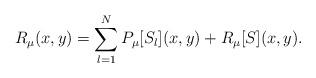
LaTeX: \begin{align*}R_\mu(x, y) = \sum\limits_{l=1}^N P_\mu[S_l](x, y) + R_\mu[S](x, y).\end{align*}